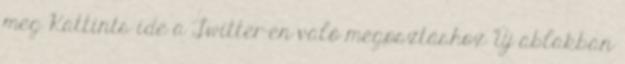
meg Kattints ide a Twitter-en való megosztáshoz Új ablakban